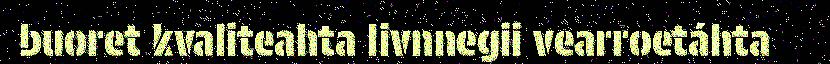
buoret kvaliteahta livnnegii vearroetáhta